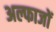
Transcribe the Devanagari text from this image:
अल्फाजों